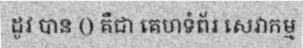
ដូវ បាន () គឺជា គេហទំព័រ សេវាកម្ម